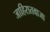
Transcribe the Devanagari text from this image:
जाहिरातवाजा